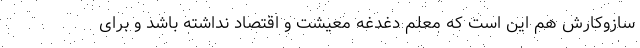
سازوکارش هم این است که معلم دغدغه معیشت و اقتصاد نداشته باشد و برای